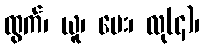
ထွက်၊ ယူ၊ ပေး၊ လု(၄)၊